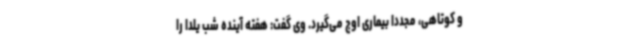
و کوتاهی، مجددا بیماری اوج می‌گیرد. وی گفت: هفته آینده شب یلدا را